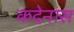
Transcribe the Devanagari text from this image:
कदेनास